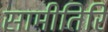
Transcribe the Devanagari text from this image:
सामीतिरि